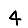
Digit: 4